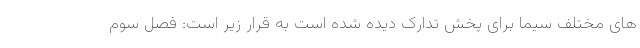
های مختلف سیما برای پخش تدارک دیده شده است به قرار زیر است: فصل سوم